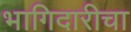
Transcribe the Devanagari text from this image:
भागिदारीचा